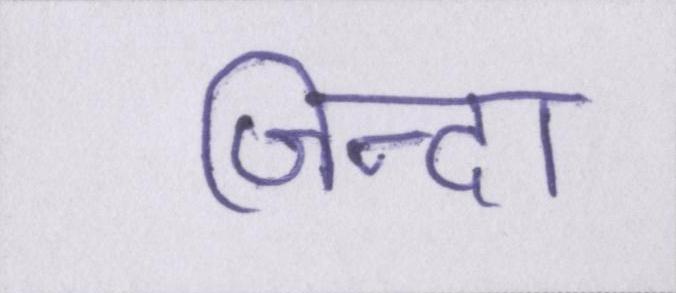
जिन्दा